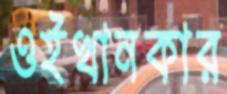
ওইখানকার